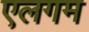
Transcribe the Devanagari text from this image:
एलगम